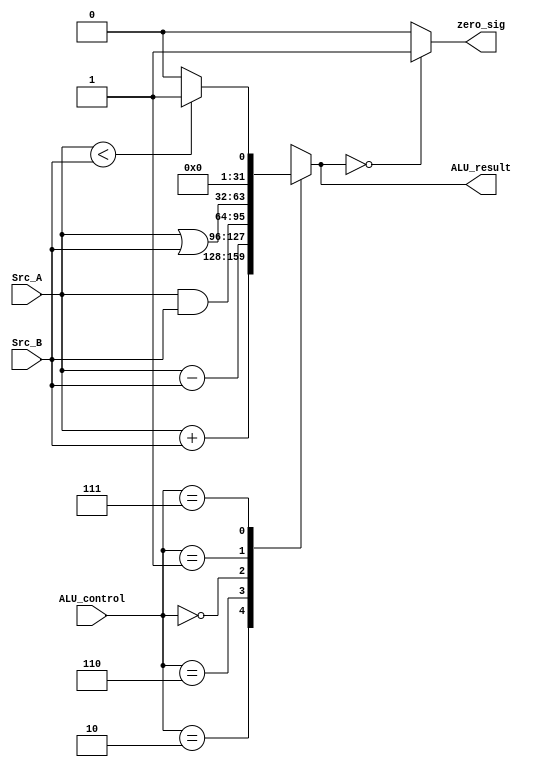


module ALU(Src_A,Src_B,ALU_control,ALU_result,zero_sig);

parameter add=3'b010,anding=3'b000,oring=3'b001,sub=3'b110,SLT=3'b111;

input[31:0]Src_A,Src_B; //2 source operands rs ,rt

input[2:0]ALU_control; 

output[31:0]ALU_result;

reg[31:0]ALU_result;

output zero_sig;

reg zero_sig;


always@(*)

begin

case(ALU_control)

          add: ALU_result <= Src_A + Src_B; //addition 
	  
	  sub: ALU_result <= Src_A - Src_B;  //subtraction
	  
	  anding: ALU_result <= Src_A & Src_B; // and operation
	  
	  oring: ALU_result <= Src_A | Src_B; // or operation
	  
	  SLT: begin
	        
			  if(Src_A<Src_B) //if the first source operands(rs) less than the second source operands(rt)
			  
			     ALU_result<=1;
				  
			  else 
			  
			     ALU_result<=0;
	       end	  

	  default:  ALU_result<=32'bx;
	  
endcase

if(ALU_result==0) //means rt>rs

   zero_sig<=1'b1;
	
else 
   zero_sig<=1'b0;

end



endmodule